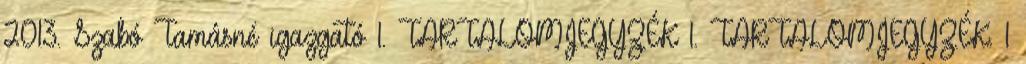
2013. Szabó Tamásné igazgató 1. TARTALOMJEGYZÉK 1. TARTALOMJEGYZÉK. 1